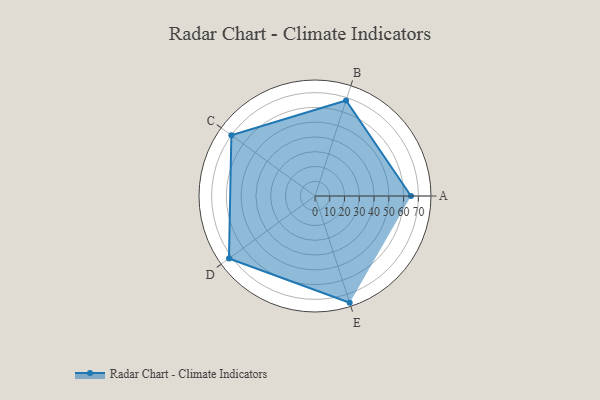
{"axis": {"x": "Skill", "y": "Score"}, "legend": ["Profile"], "data": [{"x": "A", "y": 65.0, "type": "Profile"}, {"x": "B", "y": 68.0, "type": "Profile"}, {"x": "C", "y": 70.0, "type": "Profile"}, {"x": "D", "y": 72.0, "type": "Profile"}, {"x": "E", "y": 76.0, "type": "Profile"}]}